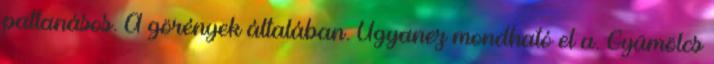
pattanásos. A görények általában. Ugyanez mondható el a. Gyümölcs